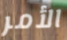
الأمر